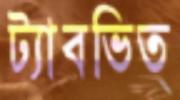
ট্যাবভিত্